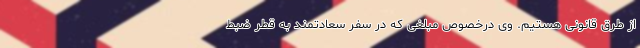
از طرق قانونی هستیم. وی درخصوص مبلغی که در سفر سعادتمند به قطر ضبط